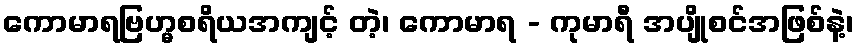
ကောမာရဗြဟ္မစရိယအကျင့် တဲ့၊ ကောမာရ - ကုမာရီ အပျိုစင်အဖြစ်နဲ့၊